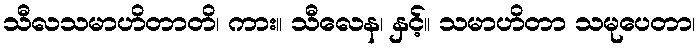
သီလသမာဟိတာတိ၊ ကား။ သီလေန၊ နှင့်။ သမာဟိတာ သမုပေတာ၊